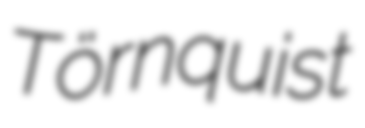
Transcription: Törnquist